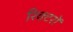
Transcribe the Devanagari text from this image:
रिक्टरों